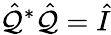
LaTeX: \hat{\mathcal{Q}}^{*}\hat{\mathcal{Q}}=\hat{I}